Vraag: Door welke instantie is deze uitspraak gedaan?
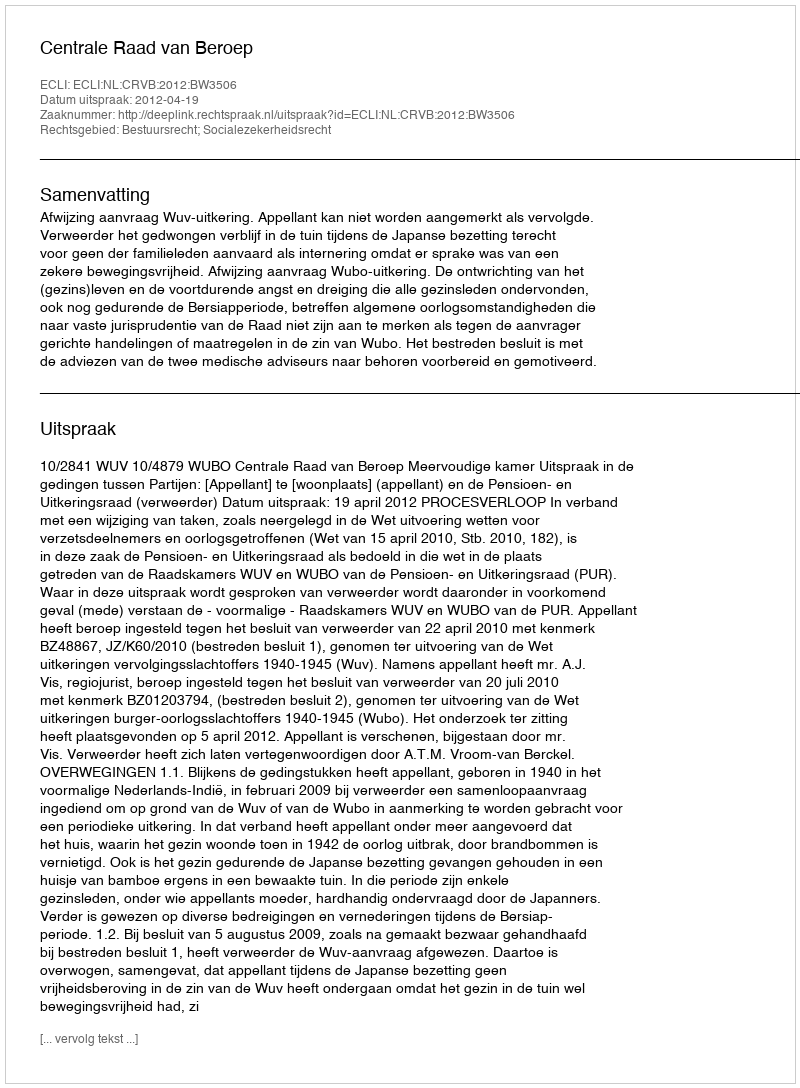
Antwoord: Centrale Raad van Beroep